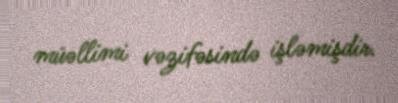
müəllimi vəzifəsində işləmişdir.